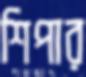
শিপার